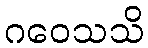
ဂဝေသသိ